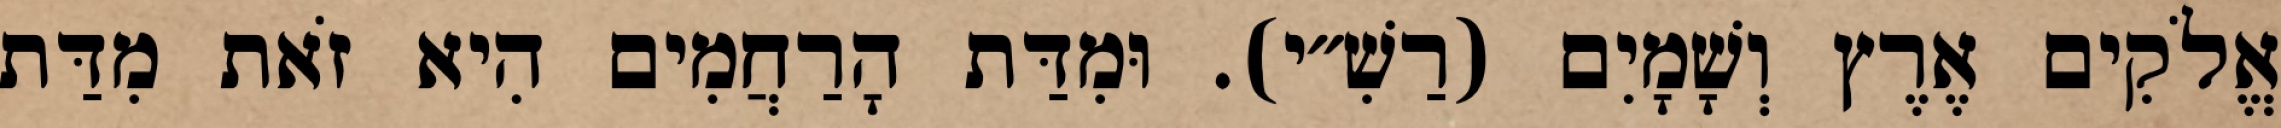
אֱלֹקִים אֶרֶץ וְשָׁמָיִם (רַשִׁ״י). וּמִדַּת הָרַחֲמִים הִיא זֹאת מִדַּת